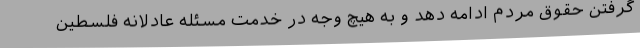
گرفتن حقوق مردم ادامه دهد و به هیچ وجه در خدمت مسئله عادلانه فلسطین